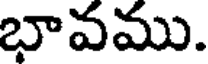
భావము.